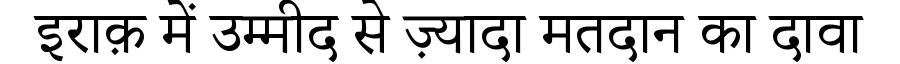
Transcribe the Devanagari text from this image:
इराक़ में उम्मीद से ज़्यादा मतदान का दावा